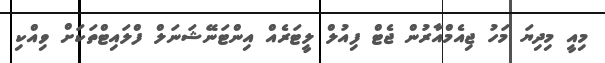
މިއީ މިދިޔަ މަހު ޖިއެމްއާރުން ޖެޓް ފިއުލް ލީޓަރެއް އިންޓަނޭޝަނަލް ފްލައިޓްތަކަށް ވިއްކި